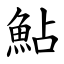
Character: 鮎